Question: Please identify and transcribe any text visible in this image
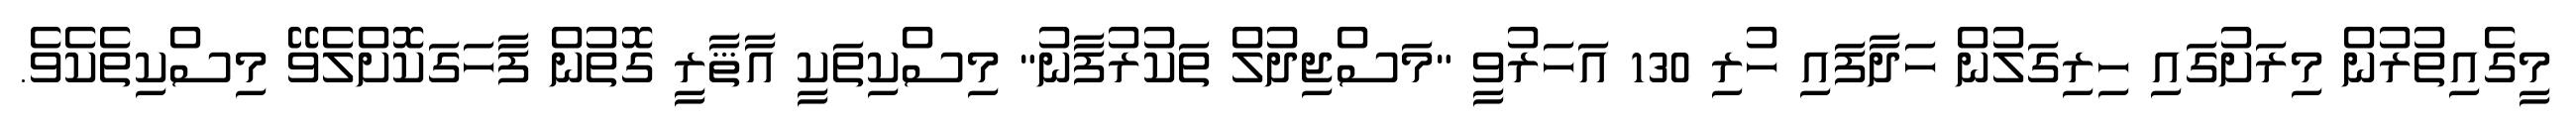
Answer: މީގެއިތުރުން މިރަށުގައި ހިރިގަލުން ހަދާފައި ހުރި 130 އަހަރުވީ "މަސްޖިދުލް ތަކުރުފާނު" މިސްކިތަކީ އާޘާރީ ގޮތުން ފާހަގަކޮށްލެވޭ މިސްކިތެކެވެ.